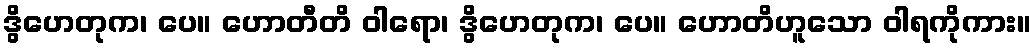
ဒွိဟေတုက၊ ပေ။ ဟောတီတိ ဝါရော၊ ဒွိဟေတုက၊ ပေ။ ဟောတိဟူသော ဝါရကိုကား။